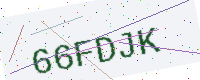
Text: 66FDJK